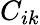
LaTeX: C_{ik}